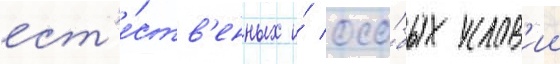
ест'е́ств'енных и́ осо́бых услов'ии